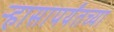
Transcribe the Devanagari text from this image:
ऱ्हासापर्यंतच्या